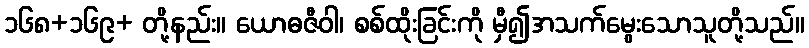
၁၆၈+၁၆၉+ တို့နည်း။ ယောဓဇီဝါ၊ စစ်ထိုးခြင်းကို မှီ၍အသက်မွေးသောသူတို့သည်။